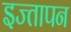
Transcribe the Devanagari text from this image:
इज्तापन